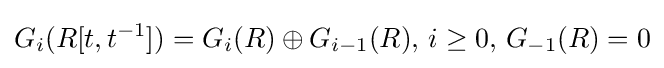
G_{i}(R[t,t^{-1}])=G_{i}(R)\oplus G_{i-1}(R),\,i\geq 0,\,G_{-1}(R)=0